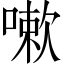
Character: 嗽